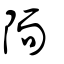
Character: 陑